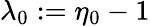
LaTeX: \lambda_{0}:=\eta_{0}-1